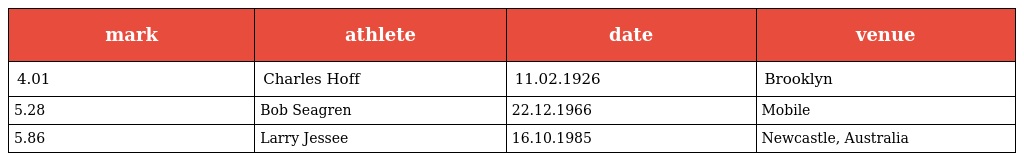
| mark | athlete | date | venue |
 | --- | --- | --- | --- |
 | 4.01 | Charles Hoff | 11.02.1926 | Brooklyn |
 | 5.28 | Bob Seagren | 22.12.1966 | Mobile |
 | 5.86 | Larry Jessee | 16.10.1985 | Newcastle, Australia |